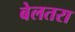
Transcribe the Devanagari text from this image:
बेलतरा